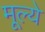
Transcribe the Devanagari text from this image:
मूल्‍ये